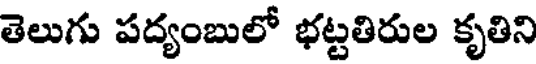
తెలుగు పద్యంబులో భట్టతిరుల కృతిని